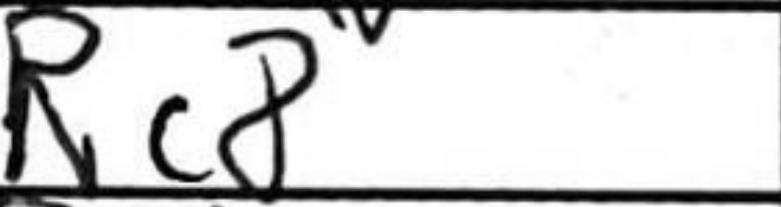
Transcription: Rc8